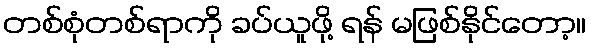
တစ်စုံတစ်ရာကို ခပ်ယူဖို့ ရန် မဖြစ်နိုင်တော့။